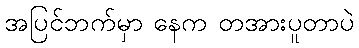
အပြင်ဘက်မှာ နေက တအားပူတာပဲ